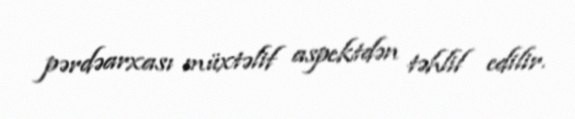
pərdəarxası müxtəlif aspektdən təhlil edilir.